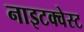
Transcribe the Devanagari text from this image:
नाइटक्वेस्ट